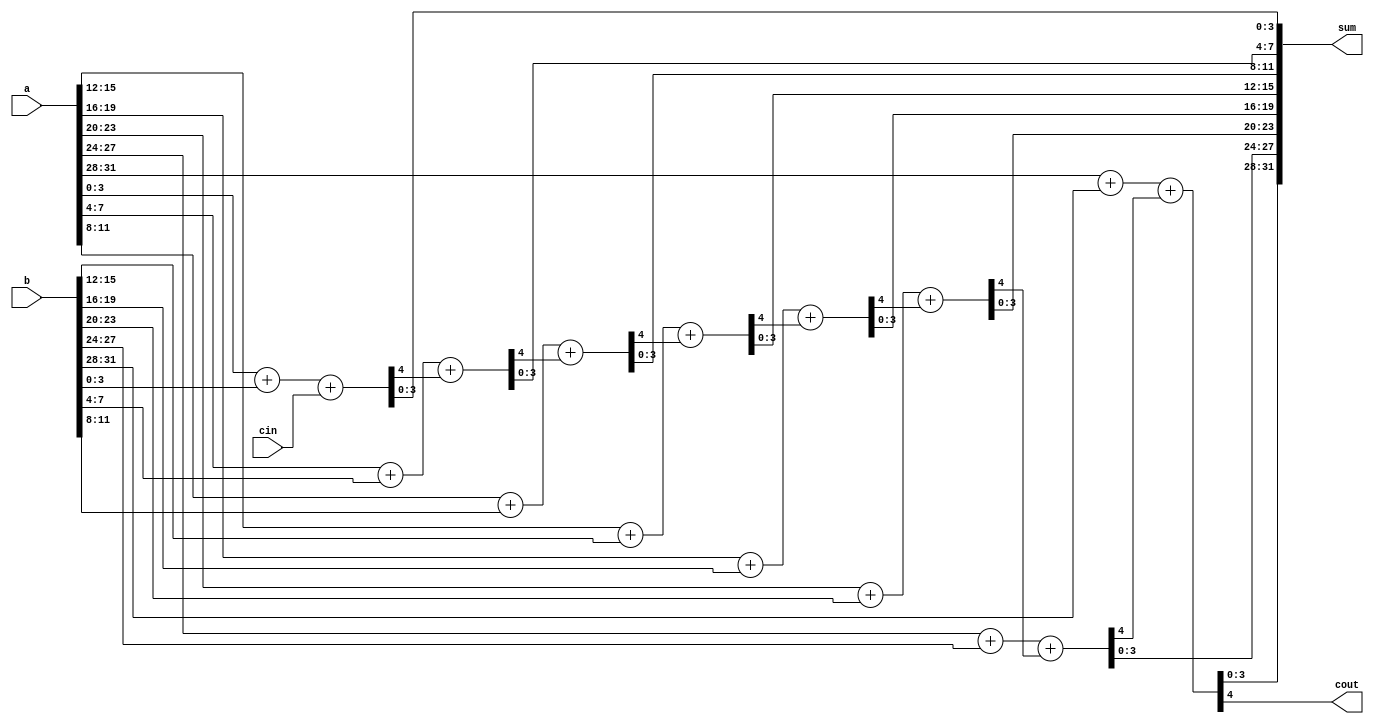
module adder_32bit (
        input [31:0] a,
        input [31:0] b,
        input cin,
        output [31:0] sum,
        output cout) ;
    wire carry ;

    wire [15:0] lower_half_a;
    wire [15:0] lower_half_b;
    wire  lower_half_cin;
    wire [15:0] lower_half_sum;
    wire  lower_half_cout;
    wire [15:0] upper_half_a;
    wire [15:0] upper_half_b;
    wire  upper_half_cin;
    wire [15:0] upper_half_sum;
    wire  upper_half_cout;

    wire  lower_half_carry  ;

    wire [7:0] lower_half_lower_half_a;
    wire [7:0] lower_half_lower_half_b;
    wire  lower_half_lower_half_cin;
    wire [7:0] lower_half_lower_half_sum;
    wire  lower_half_lower_half_cout;
    wire [7:0] lower_half_upper_half_a;
    wire [7:0] lower_half_upper_half_b;
    wire  lower_half_upper_half_cin;
    wire [7:0] lower_half_upper_half_sum;
    wire  lower_half_upper_half_cout;
    wire [7:0] upper_half_lower_half_a;
    wire [7:0] upper_half_lower_half_b;
    wire  upper_half_lower_half_cin;
    wire [7:0] upper_half_lower_half_sum;
    wire  upper_half_lower_half_cout;
    wire [7:0] upper_half_upper_half_a;
    wire [7:0] upper_half_upper_half_b;
    wire  upper_half_upper_half_cin;
    wire [7:0] upper_half_upper_half_sum;
    wire  upper_half_upper_half_cout;

    wire  lower_half_lower_half_carry  ;

    wire [3:0] lower_half_lower_half_lower_half_a;
    wire [3:0] lower_half_lower_half_lower_half_b;
    wire  lower_half_lower_half_lower_half_cin;
    wire [3:0] lower_half_lower_half_lower_half_sum;
    wire  lower_half_lower_half_lower_half_cout;
    wire [3:0] lower_half_lower_half_upper_half_a;
    wire [3:0] lower_half_lower_half_upper_half_b;
    wire  lower_half_lower_half_upper_half_cin;
    wire [3:0] lower_half_lower_half_upper_half_sum;
    wire  lower_half_lower_half_upper_half_cout;
    wire [3:0] lower_half_upper_half_lower_half_a;
    wire [3:0] lower_half_upper_half_lower_half_b;
    wire  lower_half_upper_half_lower_half_cin;
    wire [3:0] lower_half_upper_half_lower_half_sum;
    wire  lower_half_upper_half_lower_half_cout;
    wire [3:0] lower_half_upper_half_upper_half_a;
    wire [3:0] lower_half_upper_half_upper_half_b;
    wire  lower_half_upper_half_upper_half_cin;
    wire [3:0] lower_half_upper_half_upper_half_sum;
    wire  lower_half_upper_half_upper_half_cout;
    wire [3:0] upper_half_lower_half_lower_half_a;
    wire [3:0] upper_half_lower_half_lower_half_b;
    wire  upper_half_lower_half_lower_half_cin;
    wire [3:0] upper_half_lower_half_lower_half_sum;
    wire  upper_half_lower_half_lower_half_cout;
    wire [3:0] upper_half_lower_half_upper_half_a;
    wire [3:0] upper_half_lower_half_upper_half_b;
    wire  upper_half_lower_half_upper_half_cin;
    wire [3:0] upper_half_lower_half_upper_half_sum;
    wire  upper_half_lower_half_upper_half_cout;
    wire [3:0] upper_half_upper_half_lower_half_a;
    wire [3:0] upper_half_upper_half_lower_half_b;
    wire  upper_half_upper_half_lower_half_cin;
    wire [3:0] upper_half_upper_half_lower_half_sum;
    wire  upper_half_upper_half_lower_half_cout;
    wire [3:0] upper_half_upper_half_upper_half_a;
    wire [3:0] upper_half_upper_half_upper_half_b;
    wire  upper_half_upper_half_upper_half_cin;
    wire [3:0] upper_half_upper_half_upper_half_sum;
    wire  upper_half_upper_half_upper_half_cout;

    assign {  lower_half_lower_half_lower_half_cout  ,  lower_half_lower_half_lower_half_sum  }=  lower_half_lower_half_lower_half_a  +  lower_half_lower_half_lower_half_b  +  lower_half_lower_half_lower_half_cin  ;



    assign {  lower_half_lower_half_upper_half_cout  ,  lower_half_lower_half_upper_half_sum  }=  lower_half_lower_half_upper_half_a  +  lower_half_lower_half_upper_half_b  +  lower_half_lower_half_upper_half_cin  ;




    wire  lower_half_upper_half_carry  ;


    assign {  lower_half_upper_half_lower_half_cout  ,  lower_half_upper_half_lower_half_sum  }=  lower_half_upper_half_lower_half_a  +  lower_half_upper_half_lower_half_b  +  lower_half_upper_half_lower_half_cin  ;



    assign {  lower_half_upper_half_upper_half_cout  ,  lower_half_upper_half_upper_half_sum  }=  lower_half_upper_half_upper_half_a  +  lower_half_upper_half_upper_half_b  +  lower_half_upper_half_upper_half_cin  ;





    wire  upper_half_carry  ;


    wire  upper_half_lower_half_carry  ;


    assign {  upper_half_lower_half_lower_half_cout  ,  upper_half_lower_half_lower_half_sum  }=  upper_half_lower_half_lower_half_a  +  upper_half_lower_half_lower_half_b  +  upper_half_lower_half_lower_half_cin  ;



    assign {  upper_half_lower_half_upper_half_cout  ,  upper_half_lower_half_upper_half_sum  }=  upper_half_lower_half_upper_half_a  +  upper_half_lower_half_upper_half_b  +  upper_half_lower_half_upper_half_cin  ;




    wire  upper_half_upper_half_carry  ;


    assign {  upper_half_upper_half_lower_half_cout  ,  upper_half_upper_half_lower_half_sum  }=  upper_half_upper_half_lower_half_a  +  upper_half_upper_half_lower_half_b  +  upper_half_upper_half_lower_half_cin  ;



    assign {  upper_half_upper_half_upper_half_cout  ,  upper_half_upper_half_upper_half_sum  }=  upper_half_upper_half_upper_half_a  +  upper_half_upper_half_upper_half_b  +  upper_half_upper_half_upper_half_cin  ;
    assign lower_half_lower_half_lower_half_a = lower_half_lower_half_a[3:0];
    assign lower_half_lower_half_lower_half_b = lower_half_lower_half_b[3:0];
    assign lower_half_lower_half_lower_half_cin = lower_half_lower_half_cin;
    assign lower_half_lower_half_sum[3:0] = lower_half_lower_half_lower_half_sum;
    assign lower_half_lower_half_carry = lower_half_lower_half_lower_half_cout;
    assign lower_half_lower_half_upper_half_a = lower_half_lower_half_a[7:4];
    assign lower_half_lower_half_upper_half_b = lower_half_lower_half_b[7:4];
    assign lower_half_lower_half_upper_half_cin = lower_half_lower_half_carry;
    assign lower_half_lower_half_sum[7:4] = lower_half_lower_half_upper_half_sum;
    assign lower_half_lower_half_cout = lower_half_lower_half_upper_half_cout;
    assign lower_half_upper_half_lower_half_a = lower_half_upper_half_a[3:0];
    assign lower_half_upper_half_lower_half_b = lower_half_upper_half_b[3:0];
    assign lower_half_upper_half_lower_half_cin = lower_half_upper_half_cin;
    assign lower_half_upper_half_sum[3:0] = lower_half_upper_half_lower_half_sum;
    assign lower_half_upper_half_carry = lower_half_upper_half_lower_half_cout;
    assign lower_half_upper_half_upper_half_a = lower_half_upper_half_a[7:4];
    assign lower_half_upper_half_upper_half_b = lower_half_upper_half_b[7:4];
    assign lower_half_upper_half_upper_half_cin = lower_half_upper_half_carry;
    assign lower_half_upper_half_sum[7:4] = lower_half_upper_half_upper_half_sum;
    assign lower_half_upper_half_cout = lower_half_upper_half_upper_half_cout;
    assign upper_half_lower_half_lower_half_a = upper_half_lower_half_a[3:0];
    assign upper_half_lower_half_lower_half_b = upper_half_lower_half_b[3:0];
    assign upper_half_lower_half_lower_half_cin = upper_half_lower_half_cin;
    assign upper_half_lower_half_sum[3:0] = upper_half_lower_half_lower_half_sum;
    assign upper_half_lower_half_carry = upper_half_lower_half_lower_half_cout;
    assign upper_half_lower_half_upper_half_a = upper_half_lower_half_a[7:4];
    assign upper_half_lower_half_upper_half_b = upper_half_lower_half_b[7:4];
    assign upper_half_lower_half_upper_half_cin = upper_half_lower_half_carry;
    assign upper_half_lower_half_sum[7:4] = upper_half_lower_half_upper_half_sum;
    assign upper_half_lower_half_cout = upper_half_lower_half_upper_half_cout;
    assign upper_half_upper_half_lower_half_a = upper_half_upper_half_a[3:0];
    assign upper_half_upper_half_lower_half_b = upper_half_upper_half_b[3:0];
    assign upper_half_upper_half_lower_half_cin = upper_half_upper_half_cin;
    assign upper_half_upper_half_sum[3:0] = upper_half_upper_half_lower_half_sum;
    assign upper_half_upper_half_carry = upper_half_upper_half_lower_half_cout;
    assign upper_half_upper_half_upper_half_a = upper_half_upper_half_a[7:4];
    assign upper_half_upper_half_upper_half_b = upper_half_upper_half_b[7:4];
    assign upper_half_upper_half_upper_half_cin = upper_half_upper_half_carry;
    assign upper_half_upper_half_sum[7:4] = upper_half_upper_half_upper_half_sum;
    assign upper_half_upper_half_cout = upper_half_upper_half_upper_half_cout;

    assign lower_half_lower_half_a = lower_half_a[7:0];
    assign lower_half_lower_half_b = lower_half_b[7:0];
    assign lower_half_lower_half_cin = lower_half_cin;
    assign lower_half_sum[7:0] = lower_half_lower_half_sum;
    assign lower_half_carry = lower_half_lower_half_cout;
    assign lower_half_upper_half_a = lower_half_a[15:8];
    assign lower_half_upper_half_b = lower_half_b[15:8];
    assign lower_half_upper_half_cin = lower_half_carry;
    assign lower_half_sum[15:8] = lower_half_upper_half_sum;
    assign lower_half_cout = lower_half_upper_half_cout;
    assign upper_half_lower_half_a = upper_half_a[7:0];
    assign upper_half_lower_half_b = upper_half_b[7:0];
    assign upper_half_lower_half_cin = upper_half_cin;
    assign upper_half_sum[7:0] = upper_half_lower_half_sum;
    assign upper_half_carry = upper_half_lower_half_cout;
    assign upper_half_upper_half_a = upper_half_a[15:8];
    assign upper_half_upper_half_b = upper_half_b[15:8];
    assign upper_half_upper_half_cin = upper_half_carry;
    assign upper_half_sum[15:8] = upper_half_upper_half_sum;
    assign upper_half_cout = upper_half_upper_half_cout;

    assign lower_half_a = a[15:0];
    assign lower_half_b = b[15:0];
    assign lower_half_cin = cin;
    assign sum[15:0] = lower_half_sum;
    assign carry = lower_half_cout;
    assign upper_half_a = a[31:16];
    assign upper_half_b = b[31:16];
    assign upper_half_cin = carry;
    assign sum[31:16] = upper_half_sum;
    assign cout = upper_half_cout;

endmodule